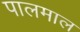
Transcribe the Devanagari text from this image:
पालमाल